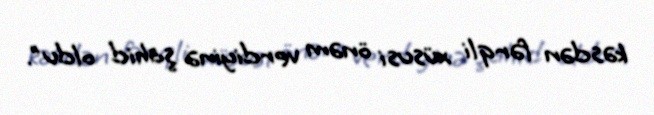
kəsdən fərqli xüsusi önəm verdiyinə şahid oldu".